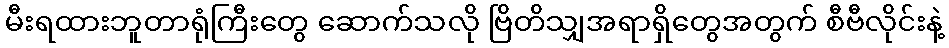
မီးရထားဘူတာရုံကြီးတွေ ဆောက်သလို ဗြိတိသျှအရာရှိတွေအတွက် စီဗီလိုင်းနဲ့